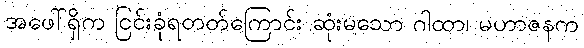
အဖေါ်ရှိက ငြင်းခုံရတတ်ကြောင်း ဆုံးမသော ဂါထာ၊ မဟာဇနက